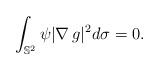
LaTeX: \begin{align*}\int_{\mathbb{S}^{2}} \psi |\nabla \, g|^{2} d\sigma=0.\end{align*}